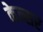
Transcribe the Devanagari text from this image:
केन्सर